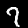
Digit: 7